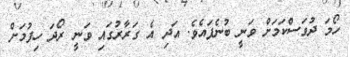
ހޯމަ ދުވަސްކަމަަށް ވަނީ ބުނެފައެވެ. އަދި އެ ގަރާރުގައި ވަނީ ރޯދަ ހިފުމަށް